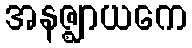
အနဇ္ဈာယကေ